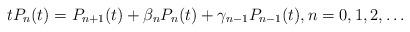
LaTeX: \begin{align*}t P_n(t) = P_{n+1}(t) +\beta_n P_n(t) + \gamma_{n-1} P_{n-1}(t),n =0,1,2,\dots\end{align*}